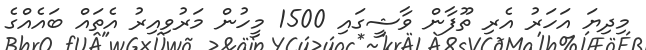
މިދިޔަ އަހަރު އެރި ތޫފާން ވާޝީގައި 1500 މީހުން މަރުވިއިރު އެތައް ބައެއްގެ